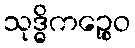
သုဒ္ဓိကဉ္စေဝ